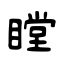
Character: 瞠